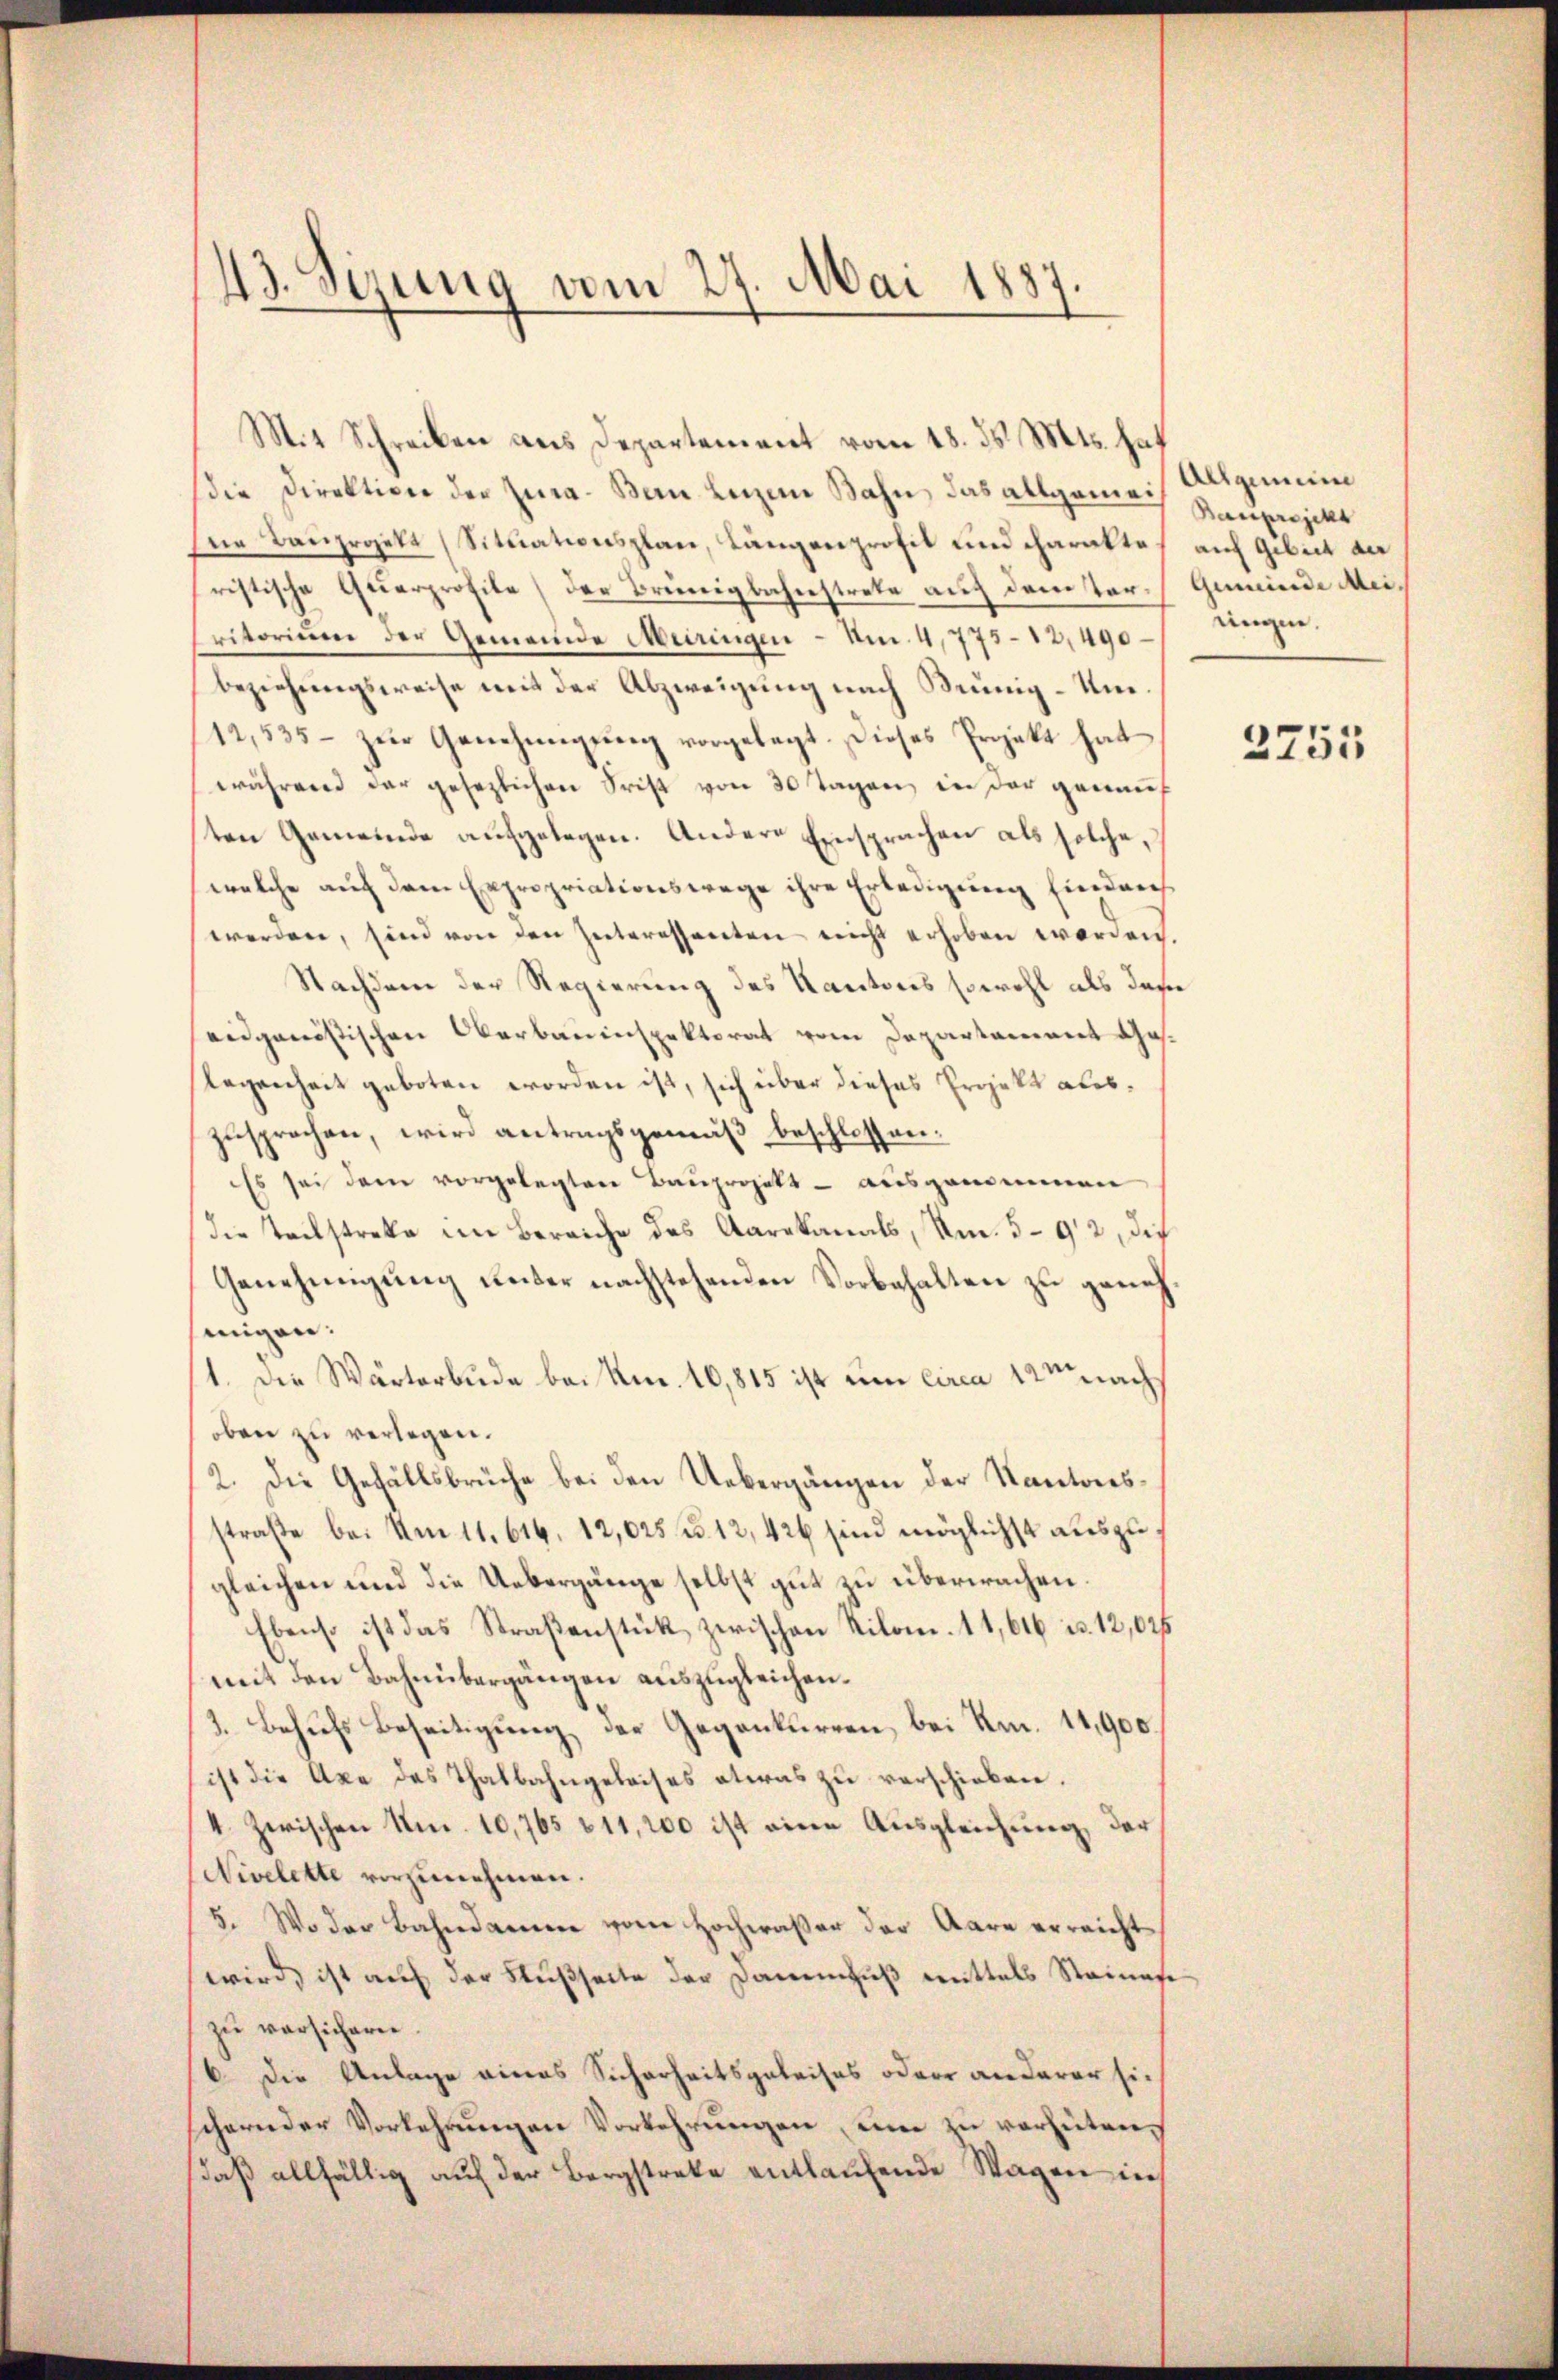
43. Sezung vom 27. Mai 1887

Mit Schreiben aus Departement vom 18. ds. Mts. hat
die Direktion der Jura. Bern Lenzen Bahn das allgemei
ne Bauprojekt (Situationsplan, Langenprofil und charaktes auf Gebiet de
ristische Querprofile) der Brünigbahnstrete auf dem Tar-Gemeinde Meiritorium der Gemeinde Meiringen - Am 4,775-12,490 angen.
beziehungsweise mit der Abzweigung nach Meinig-Um¬
12,535 – zur Genehmigung vorgelegt. Dieses Projekt hat
während der gesezlichen Frist von 30 Tagen, in der genauf
sten Gemeinde aufgelegen. Andere Einsprachen als solche,
welche auf dem Expropriationswege ihre Erledigung Eindru
werden, sind von den Interessanten nicht erhoben worden.
Nachdem der Regierung des Kantons sowohl als das
eidganistischen Oberbauinspektorat vom Departament Ges.
Regenheit geboten worden ist, sich über dieses Projekt aberzusprechen, wird antragsgemäß beschlossen:
Es sei dem vorgelegten Bauprojekt - ausgenommen
die Teilstreke im Bereiche des Aarakanals, Km. 592, die
Genehmigung unter nachstehenden Vorbehalten zu genehsinnigen.
1. Die Wärterbude bei Nr. 10,815 ist um circa 12m nach
oben zu verlegen.
2. Die Gefällsbrüche bei den Uebergängen der Kantonsstraße bei Am 11. 616. 12,025 n 12,426 sind möglichst auszugleichen und die Uebergänge selbst gut zu überwachen.
Ebenso ist das Straßenstük zwischen Kilom. 11,616 u. 12,025
mit den Bahnübergängen auszugleichen.
3. Behufs Beseitigung der Gegenkurren, bei Km. 11,900.
ist die Axe des Thalbahngeleises etwas zu verschieben.
I. Zwischen Nr. 10,765 611,200 ist eine Ausgleichung, der¬
Nivelette vorzunehmen.
5. Wo der Bahndamen vom Hochwasser der Aare erreicht
wird, ist auf der Flußseite der Damensus mittels Steinese
zu versichern
6. Die Anlage eines Sicherheitsgeleises oder anderer sie
schernder Vorkehrungen Vorkehrungen, eine zu verheiten,
daß allfällig auf der Bergstreke entlaufende Wagen in

Allgemein
Bauprojekt

2755